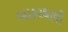
બાકરથાલી